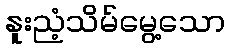
နူးညံ့သိမ်မွေ့သော